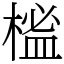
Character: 榓